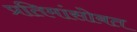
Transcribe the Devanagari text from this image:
प्रतिमांसोबत